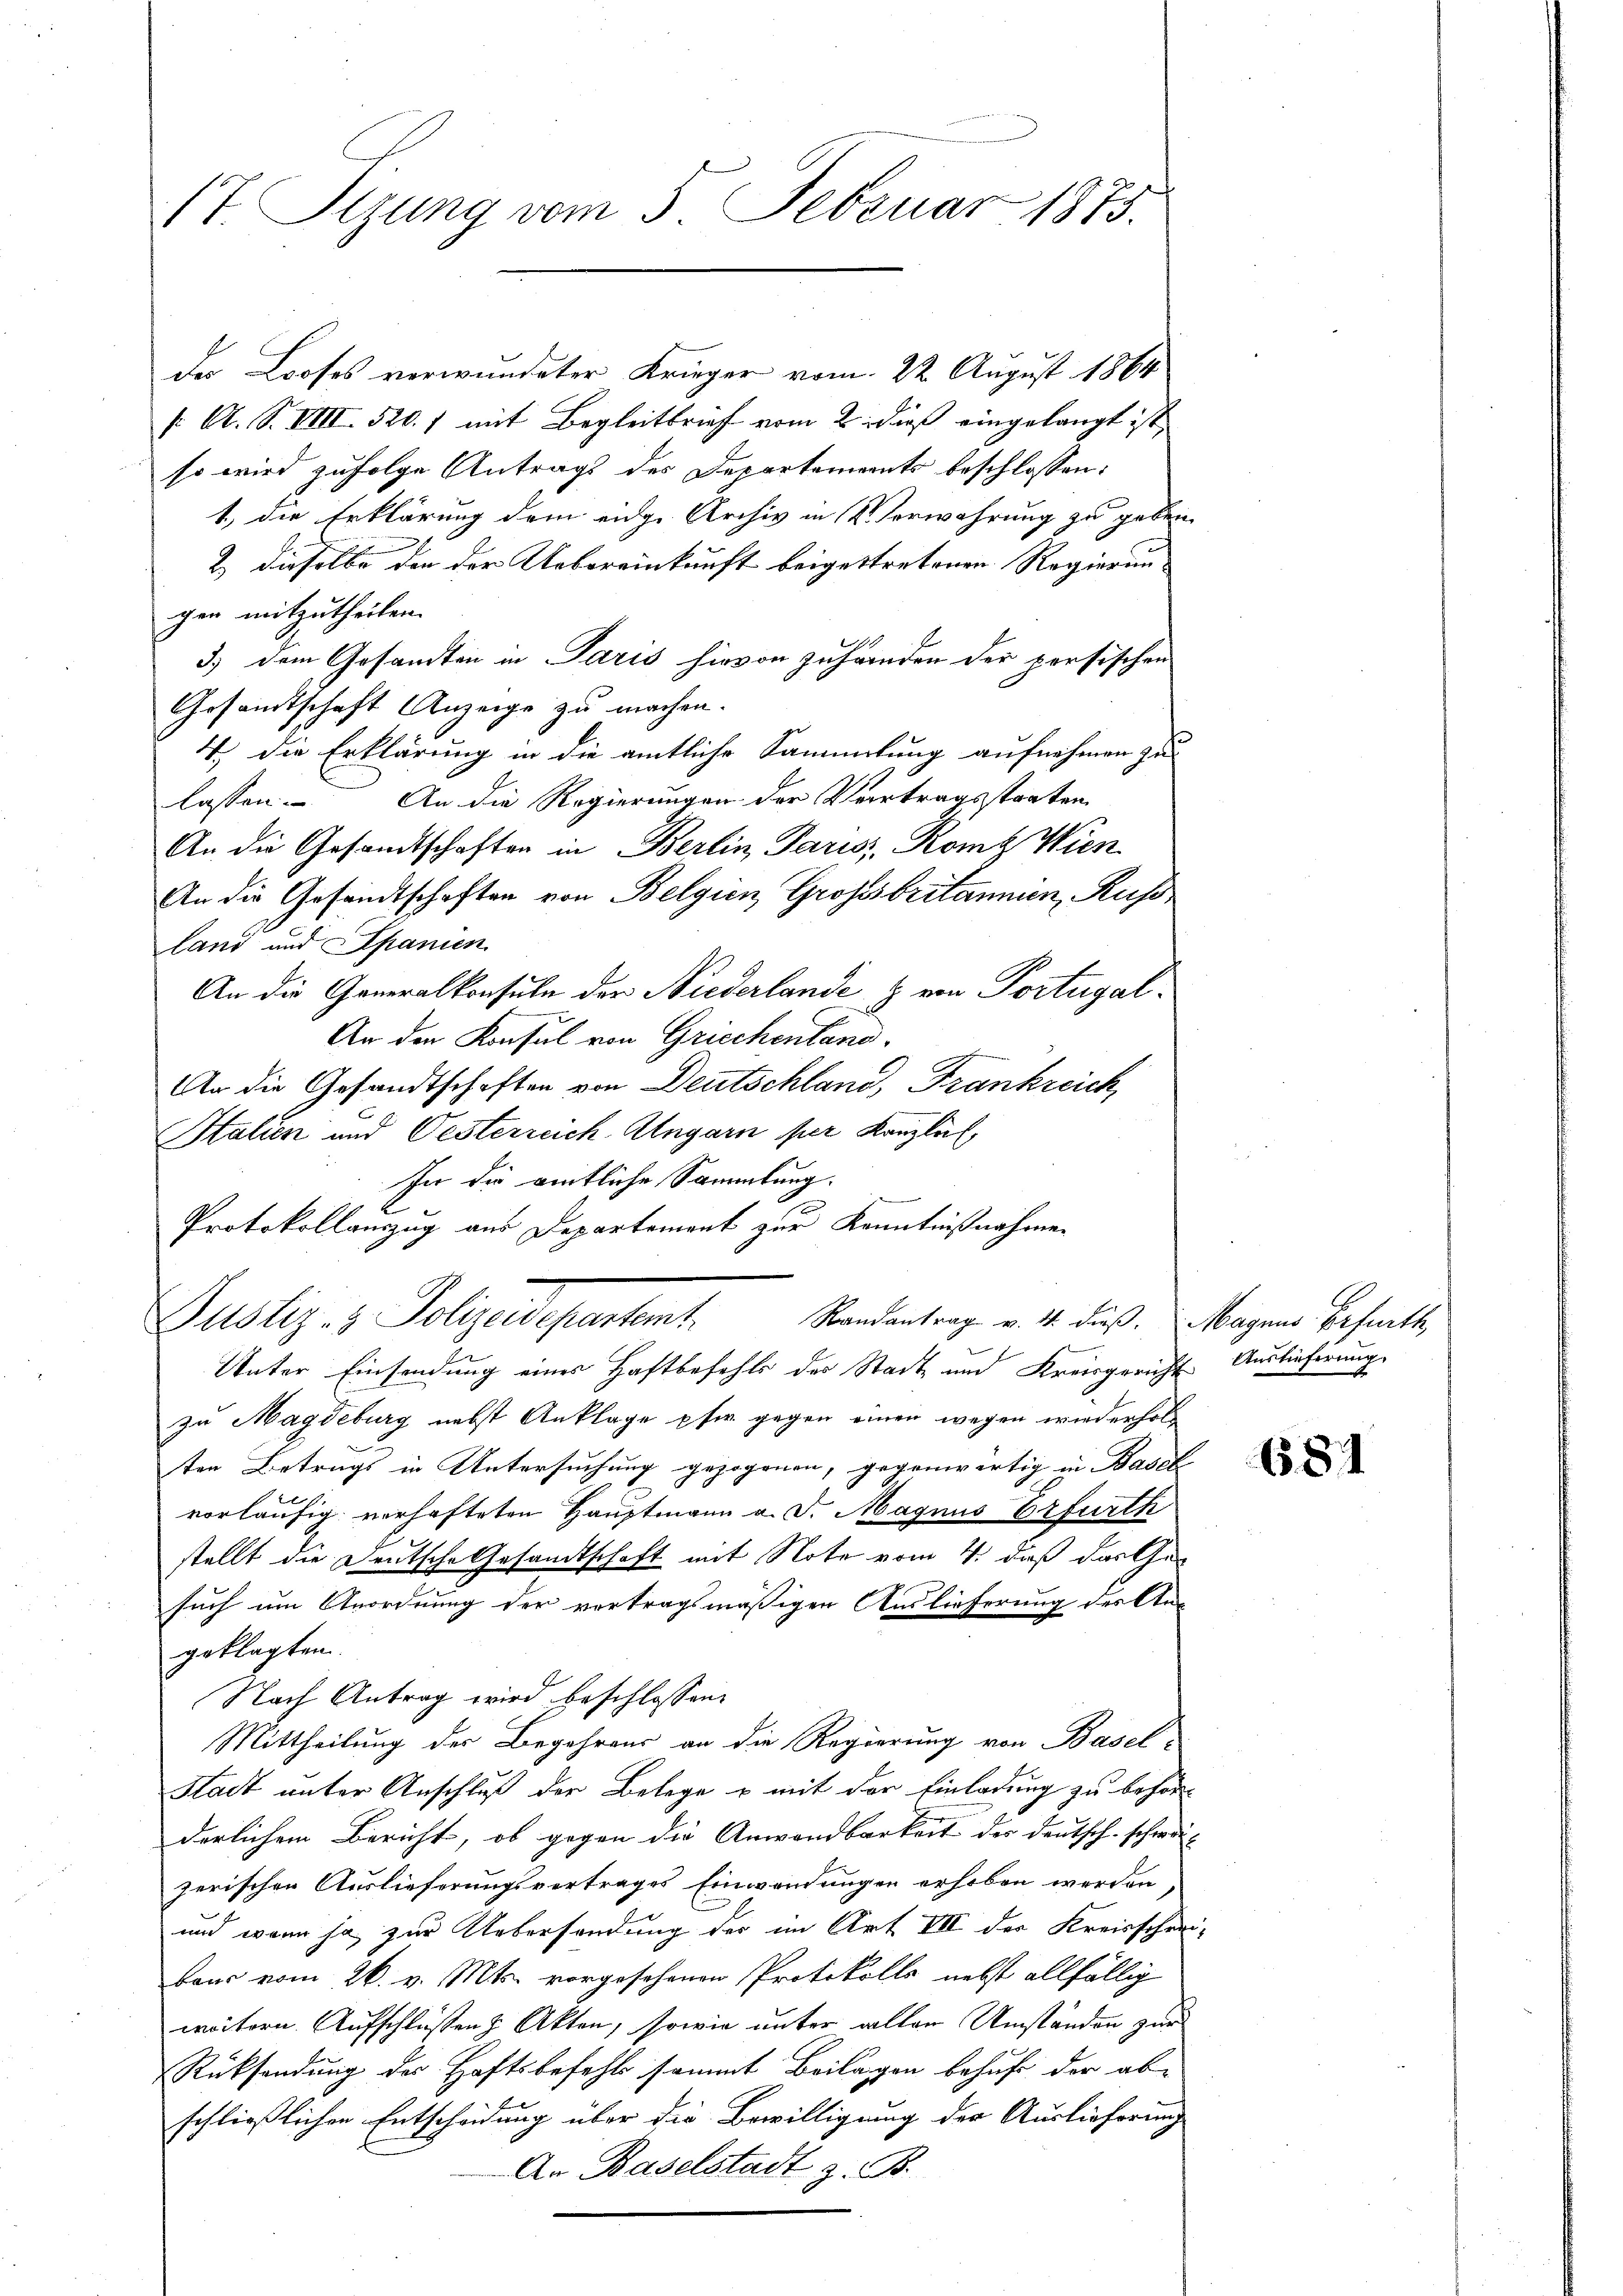
17. Stzung vom 5. Februar 1873.

der Looses verwundeter Krieger vom 22. August 1864
f: A. S. VIII 520.) mit Begleitbrief vom 2. dieß eingelangt ist,
so wird zufolge Antrags des Departements beschlossen:
1, die Erklärung dem eige Archiv in Verwahrung zu geben
2) dieselbe den der Uebereinkunft beigettretenen Regierung
gen mitzutheilen.
3.) Dem Gesandten in Paris hievon zuhänden der persischen
Gesandtschaft Anzeige zu machen.
4 die Erklärung in die amtliche Sammlung aufnehmen zu
lassen. An die Regierungen der Vertragsstraten
An die Gesandtschaften in Berlin Paris Rom Wien
An die Gesandtschaften von Belgien Grossbritannen, Russ
land und Spanien
An die Generalkonsuln der Niederlande & von Portugal¬
An den Konsul von Griechentano,
An die Gesandtschaften von Deutschland, Frankreich,
Italien und Oesterreich-Ungarn per Kanzlis
In die amtliche Sammlung.
Protokollauszug aus Departement zur Kenntnißnahmen
Justiz- & Polgendepartent
Randantrag v. 4. dieß. Magnus Erfurth
Unter Einsendung eines Haftbefehls des Stadt und Kreisgericht Auslieferung
zu Magdeburg nebst Anklage pfw. gegen einen wegen wiederholten Betrugs in Untersuchung gezogenen, gegenwärtig in Basel
vorläufig verhafteten Hauptmann a. d. Magnus Erfurth
stellt die Deutsche Gesandtschaft mit Note vom 4. daß das Gesuch um Anordnung der vortragsmäßigen Auslieferung der An-
geklagten.
Nach Antrag wird beschlossen:
Mittheilung der Begehrens an die Regierung von Basel-
Stadt unter Anschluß der Belege u mit der Einladung zu behörderlichem Bericht, ob gegen die Anwendbarkeit der Deutsch-schwä-
zerischen Auslieferungsvertrages Einwendungen erhoben werden
und wenn ja zur Uebersendung der im Art VIII der Kreisschreibaus vom 26. v. Mts. vorgesehenen Protokolls nebst allfällig
weitern. Aufschlüssen Akten, sowie unter allen Umständen zur
Rücksendung des Haftsbefehls sammt Beilagen behufe der abschließlichen Entscheidung über die Bewilligung der Auslieferung
An Baselstadt z. B.

681